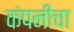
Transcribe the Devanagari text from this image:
कंपनींचा